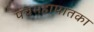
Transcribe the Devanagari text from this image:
पंचमहापातका